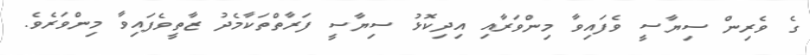
ގެ ވެރިން ސިޔާސީ ވެފައިވާ މިންވަރާއި އިދިކޮޅު ސިޔާސީ ފަރާތްތަކާމެދު ޒާތީވެފައިވާ މިންވަރެވެ.